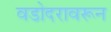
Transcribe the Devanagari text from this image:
वडोदरावरून